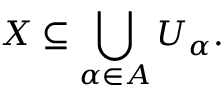
X \subseteq \bigcup _ { \alpha \in A } U _ { \alpha } .